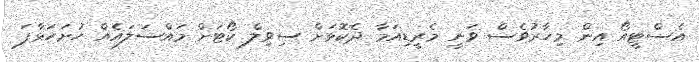
އެސްޓީއޯ އިން މިހާރުވެސް ވަނީ މެރީޑިއަމާ ދެކޮޅަށް ސިވިލް ކޯޓަށް މައްސަލައެއް ހުށަހަޅާފަ